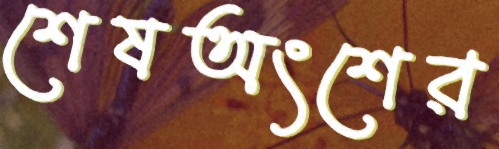
শেষঅংশের